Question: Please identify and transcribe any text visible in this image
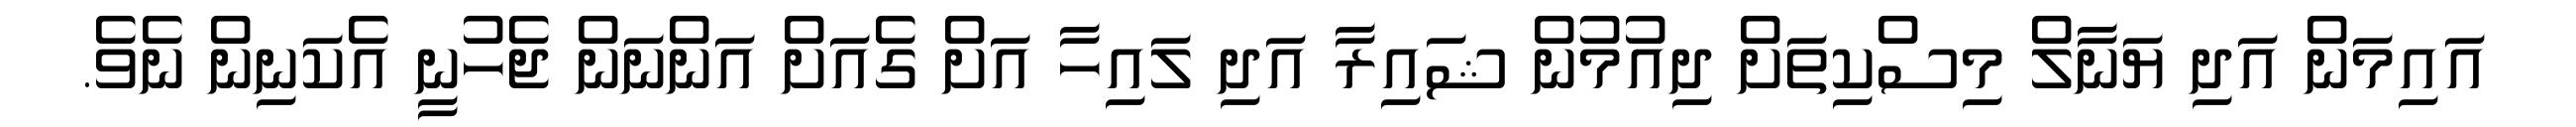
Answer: އައިމަން އަދި ޔަނާލް މިސްކިތަށް ދިއުމުން ޝައިރާ އަދި ލައިހާ އަށް ގެއަށް އަންނަން ޖެހުނީ އެކަނިން ނެވެ.